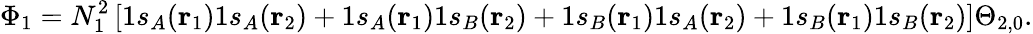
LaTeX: \Phi_{1}=N_{1}^{2}\left[1s_{A}(\mathbf{r}_{1})1s_{A}(\mathbf{r}_{2})+1s_{A}(\mathbf{r}_{1})1s_{B}(\mathbf{r}_{2})+1s_{B}(\mathbf{r}_{1})1s_{A}(\mathbf{r}_{2})+1s_{B}(\mathbf{r}_{1})1s_{B}(\mathbf{r}_{2})\right]\Theta_{2,0}.